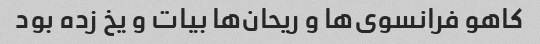
کاهو فرانسوی‌ها و ریحان‌ها بیات و یخ زده بود